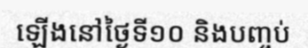
ឡើងនៅថ្ងៃទី១០ និងបញ្ចប់